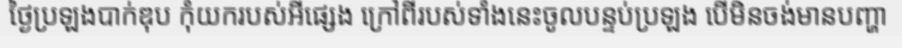
ថ្ងៃប្រឡងបាក់ឌុប កុំយករបស់អីផ្សេង ក្រៅពីរបស់ទាំងនេះចូលបន្ទប់ប្រឡង បើមិនចង់មានបញ្ហា